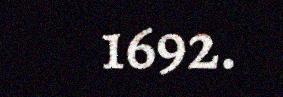
1692.